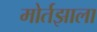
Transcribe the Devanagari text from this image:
मोर्तझाला